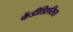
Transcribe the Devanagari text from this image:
केंडीडिएसिस